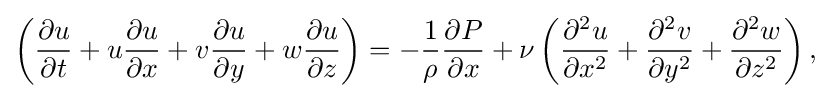
\left({\frac {{\partial }u}{{\partial }t}}+u{\frac {{\partial }u}{{\partial }x}}+v{\frac {{\partial }u}{{\partial }y}}+w{\frac {{\partial }u}{{\partial }z}}\right)=-{\frac {1}{\rho }}{\frac {{\partial }P}{{\partial }x}}+{\nu }\left({\frac {{\partial ^{2}}u}{{\partial }x^{2}}}+{\frac {{\partial ^{2}}v}{{\partial }y^{2}}}+{\frac {{\partial ^{2}}w}{{\partial }z^{2}}}\right),\,\!